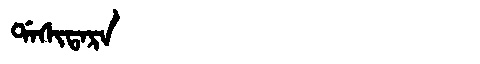
Manchu: ᡩᠠᠰᡳᡨᠠᡵᠠ
Romanization: DASITARA